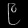
Digit: ၉